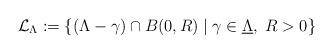
LaTeX: \begin{align*} \mathcal{L}_\Lambda := \left\lbrace (\Lambda -\gamma )\cap B(0,R) \; \vert \; \gamma \in \underline{\Lambda} , \; R>0 \right\rbrace \end{align*}